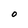
Character: O